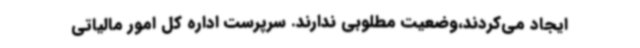
ایجاد می‌کردند،وضعیت مطلوبی ندارند. سرپرست اداره کل امور مالیاتی